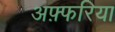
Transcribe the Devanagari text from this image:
अफ़्फरिया